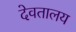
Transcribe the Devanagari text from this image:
देवतालय